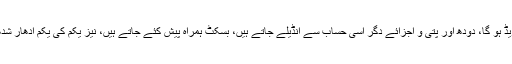
جس ملازم کا جتنا گریڈ ہو گا، دودھ اور پتی و اجزائے دگر اسی حساب سے انڈیلے جاتے ہیں، بسکٹ ہمراہ پیش کئے جاتے ہیں، نیز یکم کی یکم ادھار شدھار بھی چل جاتا ھے۔